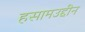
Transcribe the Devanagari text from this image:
हसामउद्दीन